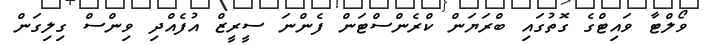
ވޯލްޓާ ވައިޓްގެ ގޮތުގައި ބްރަޔަން ކްރެންސްޓަން ފެންނަ ސީރީޒް އުފެއްދި ވިންސް ގިލިގަން